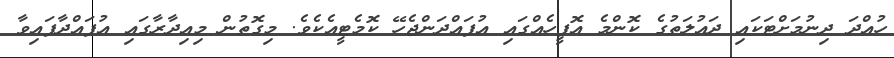
ހުއްދަ ދިނުމަށްޓަކައި ދައުލަތުގެ ކޮންމެ އޮފީހެއްގައި އުފައްދަންޖެހޭ ކޮމެޓީއެކެވެ. މިގޮތުން މިއިދާރާގައި އުފައްދާފައިވާ